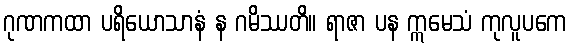
ဂုဏကထာ ပရိယောသာနံ န ဂမိဿတိ။ ရာဇာ ပန ဣမေသံ ကုလူပကေ